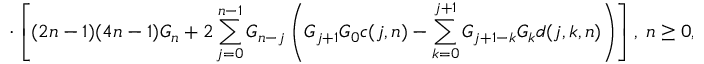
\cdot \left[ ( 2 n - 1 ) ( 4 n - 1 ) { \cal G } _ { n } + 2 \sum _ { j = 0 } ^ { n - 1 } { \cal G } _ { n - j } \left( { \cal G } _ { j + 1 } { \cal G } _ { 0 } c ( j , n ) - \sum _ { k = 0 } ^ { j + 1 } { \cal G } _ { j + 1 - k } { \cal G } _ { k } d ( j , k , n ) \right) \right] , \; n \ge 0 ,